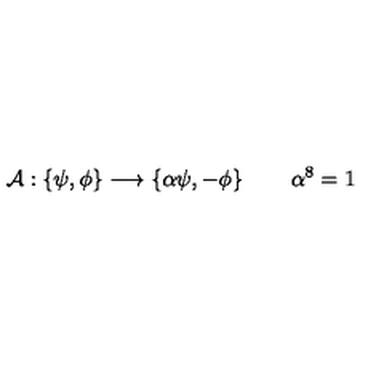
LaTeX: { \cal A } : \left\{ \psi , \phi \right\} \longrightarrow \left\{ \alpha \psi , - \phi \right\} \quad \quad \alpha ^ { 8 } = 1